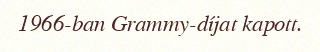
1966-ban Grammy-díjat kapott.